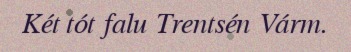
Két tót falu Trentsén Várm.